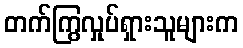
တက်ကြွလှုပ်ရှားသူများက